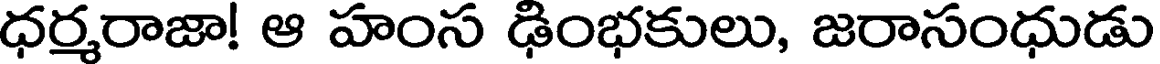
ధర్మరాజా! ఆ హంస ఢింభకులు, జరాసంధుడు